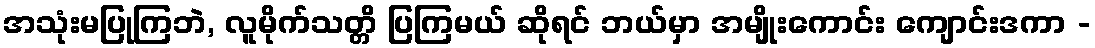
အသုံးမပြုကြဘဲ, လူမိုက်သတ္တိ ပြကြမယ် ဆိုရင် ဘယ်မှာ အမျိုးကောင်း ကျောင်းဒကာ -